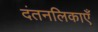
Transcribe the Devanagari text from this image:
दंतनलिकाएँ